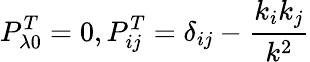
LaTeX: P_{\lambda 0}^{T}=0,P_{ij}^{T}=\delta_{ij}-\frac{k_{i}k_{j}}{k^{2}}